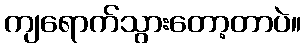
ကျရောက်သွားတော့တာပဲ။